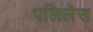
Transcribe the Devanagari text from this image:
पलिलेस